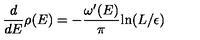
{ \frac { d } { d E } } \rho ( E ) = - { \frac { \omega ^ { \prime } ( E ) } { \pi } } \mathrm { l n } ( L / \epsilon )